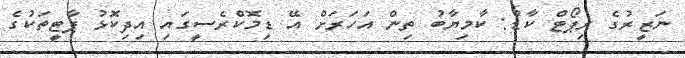
ނަޒީރުގެ ރިޕޯޓް ކާޑު: ކާމިޔާބު ތިން އަހަރަށް އޭ ޑިމޮކްރެސީގައި އިދިކޮޅު ޕާޓީތަކުގެ